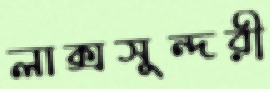
লাক্সসুন্দরী